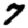
Digit: 7